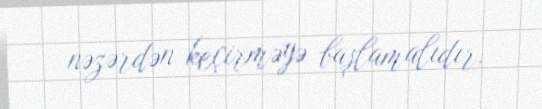
nəzərdən keçirməyə başlamalıdır.